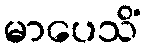
မာပေသိံ